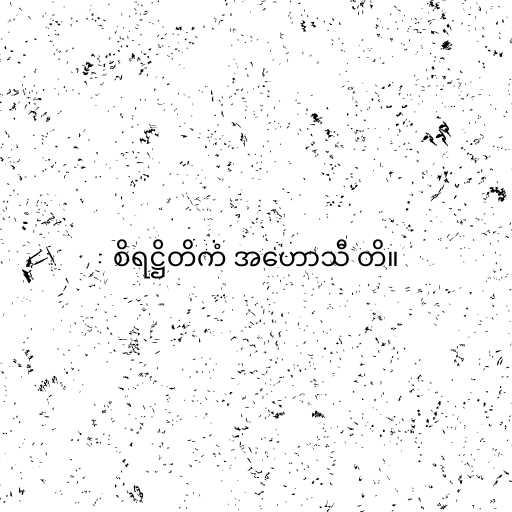
စိရဋ္ဌိတိကံ အဟောသီ တိ။